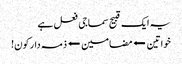
یہ ایک قبیح سماجی فعل ہے
خواتین ⬅مضامین⬅ذمہ دار کون!